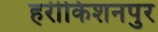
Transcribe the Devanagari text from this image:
हरीकिशनपुर